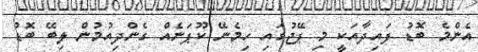
އެންމެ ބޮޑު ފައިދާއަކީ މި ޕޭޖުގައި ހިމެނޭ ކޫޕަނެއް ގެންދިއުމުން ލިބޭ ބޮޑު